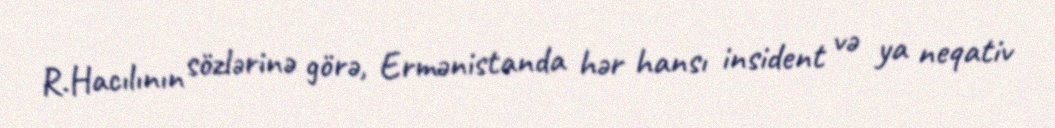
R.Hacılının sözlərinə görə, Ermənistanda hər hansı insident və ya neqativ